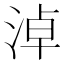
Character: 淖